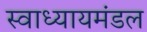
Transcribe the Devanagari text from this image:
स्वाध्यायमंडल